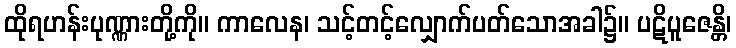
ထိုရဟန်းပုဏ္ဏားတို့ကို။ ကာလေန၊ သင့်တင့်လျှောက်ပတ်သောအခါ၌။ ပဋိပူဇေန္တိ၊